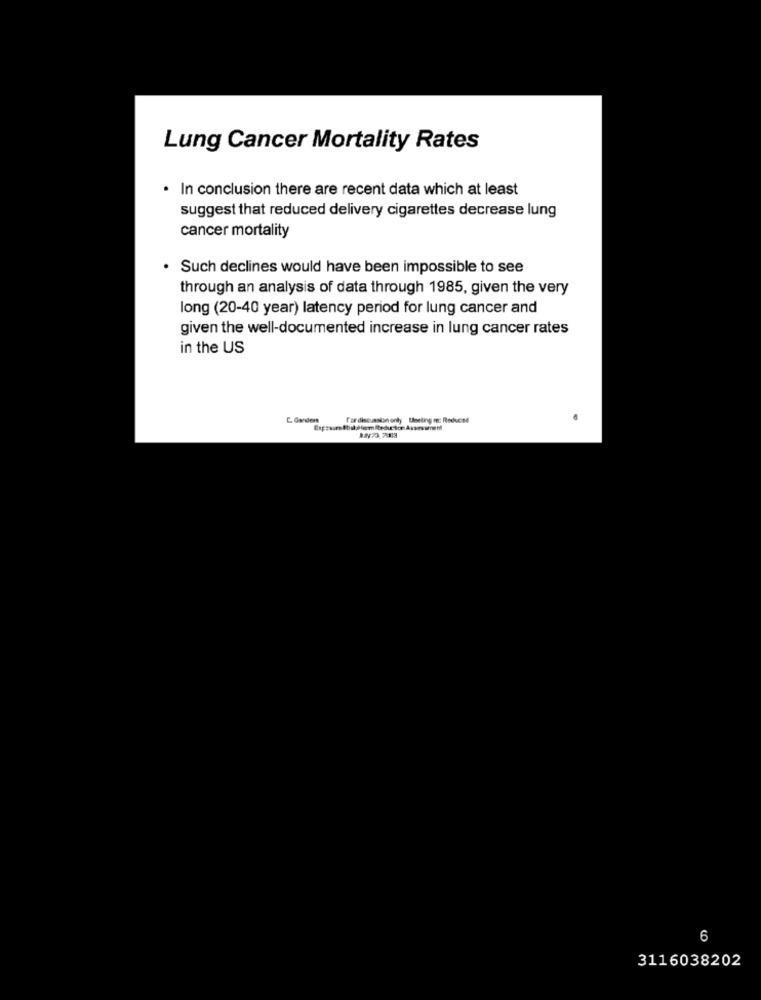
Lung Cancer Mortality Rates
. In conclusion there are recent data which at least
suggest that reduced delivery cigarettes decrease lung
cancer mortality
. Such declines would have been impossible to see
through an analysis of data through 1985, given the very
long (20-40 year) latency period for lung cancer and
given the well-documented increase in lung cancer rates
in the US
E Gardens
fordiscussion onty Uneting me: Reduced
6
3116038202